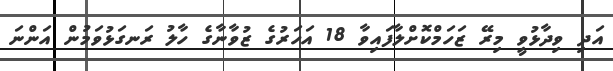
އަދި ވިދާޅުވީ މިރޭ ޒަހަމްކޮށްލާފައިވާ 18 އަހަރުގެ ޒުވާނާގެ ހާލު ރަނގަޅުވަމުން އަންނަ